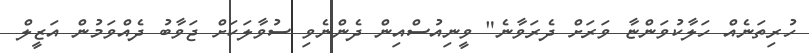
ހުރިތަނެއް ހަލާކުވަންޏާ ވަރަށް ދެރަވާނެ" ވީނިއުސްއިން ދެންނެވި ސުވާލަކަށް ޖަވާބު ދެއްވަމުން އަޒީލް